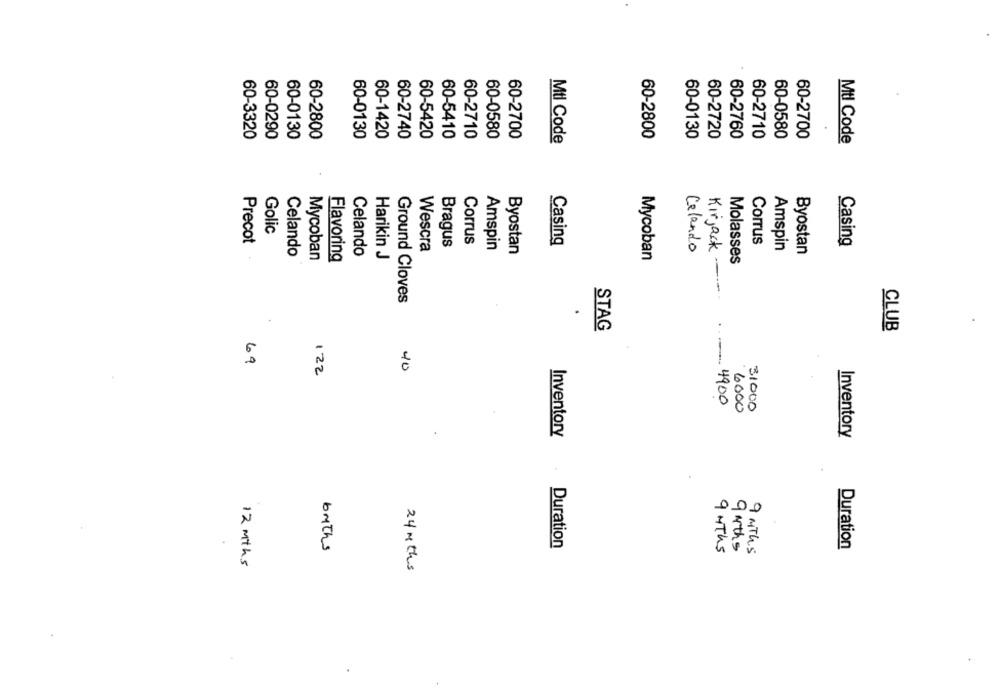
60-3320
60-0290
60-0130
60-2800
60-0130
60-1420
60-2740
60-5420
60-5410
60-2710
60-0580
60-2700
60-2800
60-0130
60-2720
60-2760
60-2710
60-0580
60-2700
Mtl Code
Mtl Code
Golic
Precot
Bragus
Corrus
Casing
CorTus
Wescra
Amspin
Celando
Amspin
Casing
Celando
Mycoban
Celando
Harikin J
Byostan
Kirjack
Byostan
Flavoring
Mycoban
Molasses
Ground Cloves
STAG
CLUB
69
10
122
4900
6000
31000
Inventory
Inventory
000
Duration
Duration
buths
9 MThs
9 4ths
9 MThs
12 mths
24 Mths
.